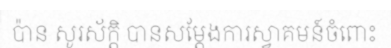
ប៉ាន សូរស័ក្តិ បានសម្តែងការស្វាគមន៍ចំពោះ